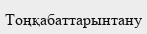
Тоңқабаттарынтану